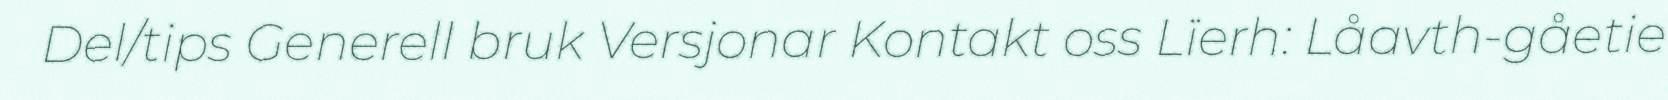
Del/tips Generell bruk Versjonar Kontakt oss Lïerh: Låavth-gåetie